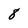
Character: 8